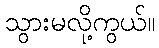
သွားမလို့ကွယ်။